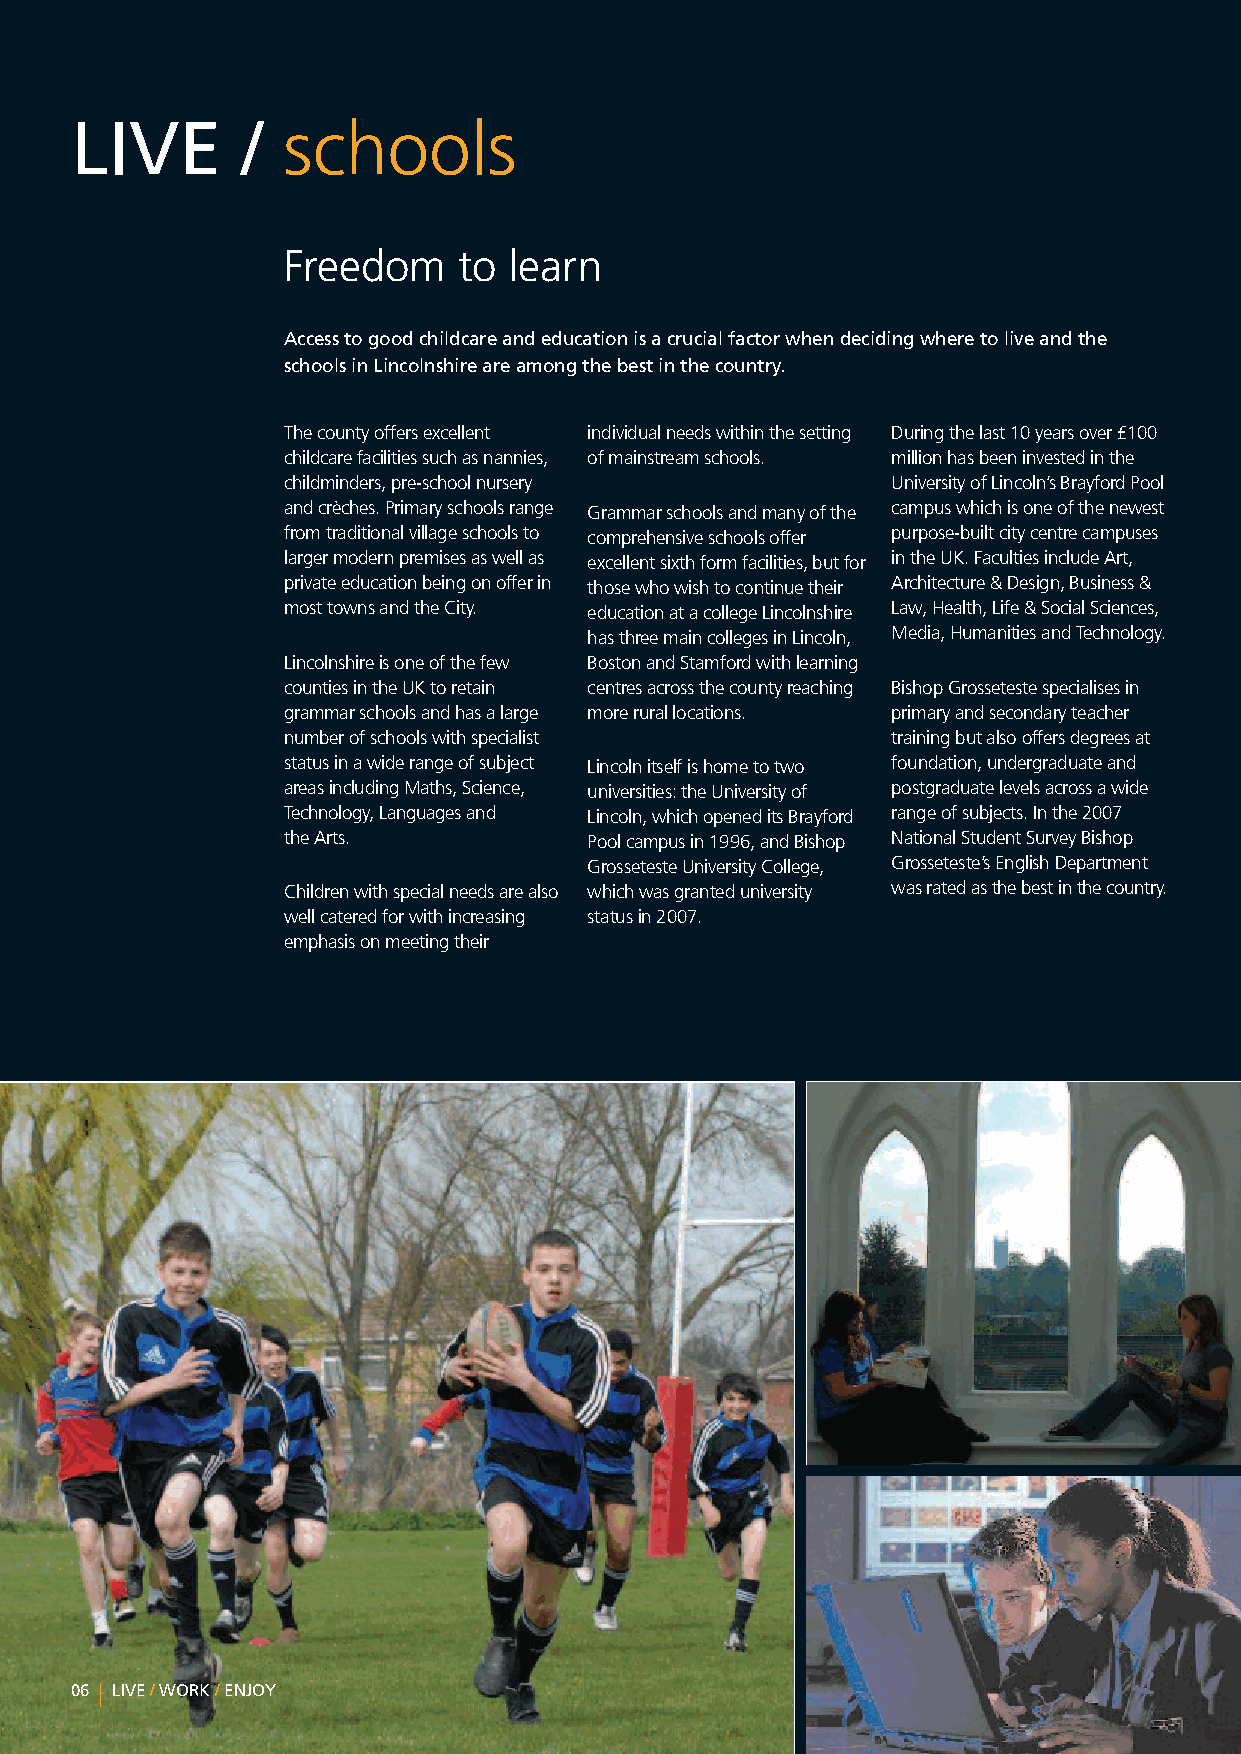
LIVE       /  schools
 Freedom    to  learn
 Accesstogoodchildcareandeducationisacrucialfactorwhendecidingwheretoliveandthe
 schoolsinLincolnshireareamongthebestinthecountry.
 Thecountyoffersexcellent individualneedswithinthesetting Duringthelast10yearsover£100
 childcarefacilitiessuchasnannies, ofmainstreamschools. millionhasbeeninvestedinthe
 childminders,pre-schoolnursery          UniversityofLincoln’sBrayfordPool
 andcrèches.Primaryschoolsrange Grammarschoolsandmanyofthe campuswhichisoneofthenewest
 fromtraditionalvillageschoolsto comprehensiveschoolsoffer purpose-builtcitycentrecampuses
 largermodernpremisesaswellas excellentsixthformfacilities,butfor intheUK.FacultiesincludeArt,
 privateeducationbeingonofferin thosewhowishtocontinuetheir Architecture&Design,Business&
 mosttownsandtheCity. educationatacollegeLincolnshire Law,Health,Life&SocialSciences,
 hasthreemaincollegesinLincoln, Media,HumanitiesandTechnology.
 Lincolnshireisoneofthefew BostonandStamfordwithlearning
 countiesintheUKtoretain centresacrossthecountyreaching BishopGrossetestespecialisesin
 grammarschoolsandhasalarge morerurallocations. primaryandsecondaryteacher
 numberofschoolswithspecialist           trainingbutalsooffersdegreesat
 statusinawiderangeofsubject Lincolnitselfishometotwo foundation,undergraduateand
 areasincludingMaths,Science, universities:theUniversityof postgraduatelevelsacrossawide
 Technology,Languagesand Lincoln,whichopeneditsBrayford rangeofsubjects.Inthe2007
 theArts.            Poolcampusin1996,andBishop NationalStudentSurveyBishop
 GrossetesteUniversityCollege, Grosseteste’sEnglishDepartment
 Childrenwithspecialneedsarealso whichwasgranteduniversity wasratedasthebestinthecountry.
 wellcateredforwithincreasing statusin2007.
 emphasisonmeetingtheir
 06 LIVE/WORK/ENJOY